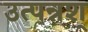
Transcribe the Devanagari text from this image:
उत्पन्नश्